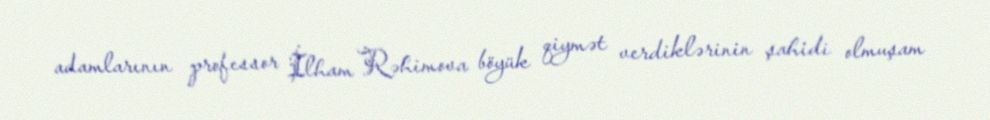
adamlarının professor İlham Rəhimova böyük qiymət verdiklərinin şahidi olmuşam